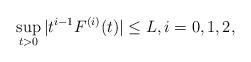
LaTeX: \begin{align*}\sup_{t>0}|t^{i-1}F^{(i)}(t)|\leq L,i=0,1,2,\end{align*}